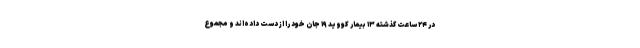
در ۲۴ ساعت گذشته ۱۳ بیمار کووید ۱۹ جان خود را از دست داده‌اند و مجموع